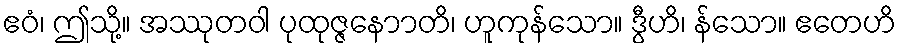
ဧဝံ၊ ဤသို့။ အဿုတဝါ ပုထုဇ္ဇနောာတိ၊ ဟူကုန်သော။ ဒွီဟိ၊ န်သော။ ဧတေဟိ